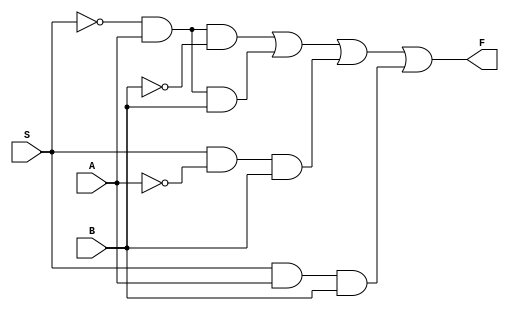
module MULTIPLE_EXER2_1(S, A, B, F);
    input A, B, S;
    output F;

    assign F = ~S & A & ~B |
                ~S & A & B |
                S & ~A & B |
                S & A & B;
endmodule